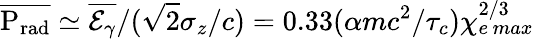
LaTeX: \overline{{\mathrm{P_{rad}}}}\simeq\overline{{\mathcal{E}_{\gamma}}}/(\sqrt{2}\sigma_{z}/c)=0.33(\alpha mc^{2}/\tau_{c})\chi_{e\, max}^{2/3}